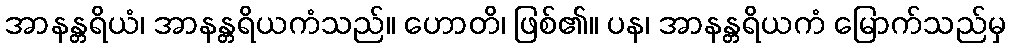
အာနန္တရိယံ၊ အာနန္တရိယကံသည်။ ဟောတိ၊ ဖြစ်၏။ ပန၊ အာနန္တရိယကံ မြောက်သည်မှ